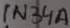
Text: 1N34A